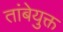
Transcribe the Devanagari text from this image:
तांबेयुक्त